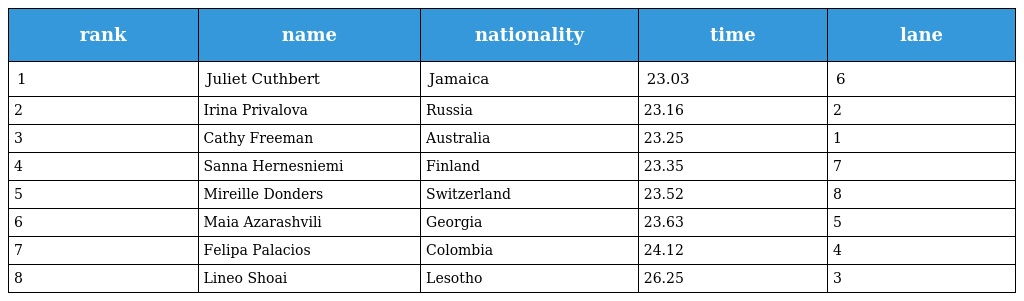
| rank | name | nationality | time | lane |
 | --- | --- | --- | --- | --- |
 | 1 | Juliet Cuthbert | Jamaica | 23.03 | 6 |
 | 2 | Irina Privalova | Russia | 23.16 | 2 |
 | 3 | Cathy Freeman | Australia | 23.25 | 1 |
 | 4 | Sanna Hernesniemi | Finland | 23.35 | 7 |
 | 5 | Mireille Donders | Switzerland | 23.52 | 8 |
 | 6 | Maia Azarashvili | Georgia | 23.63 | 5 |
 | 7 | Felipa Palacios | Colombia | 24.12 | 4 |
 | 8 | Lineo Shoai | Lesotho | 26.25 | 3 |